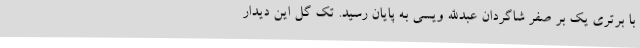
با برتری یک بر صفر شاگردان عبدالله ویسی به پایان رسید. تک گل این دیدار